Civil Veterinary Department Bihar & Orissa reports 1922-29 - 1922-1929
Year: 1922
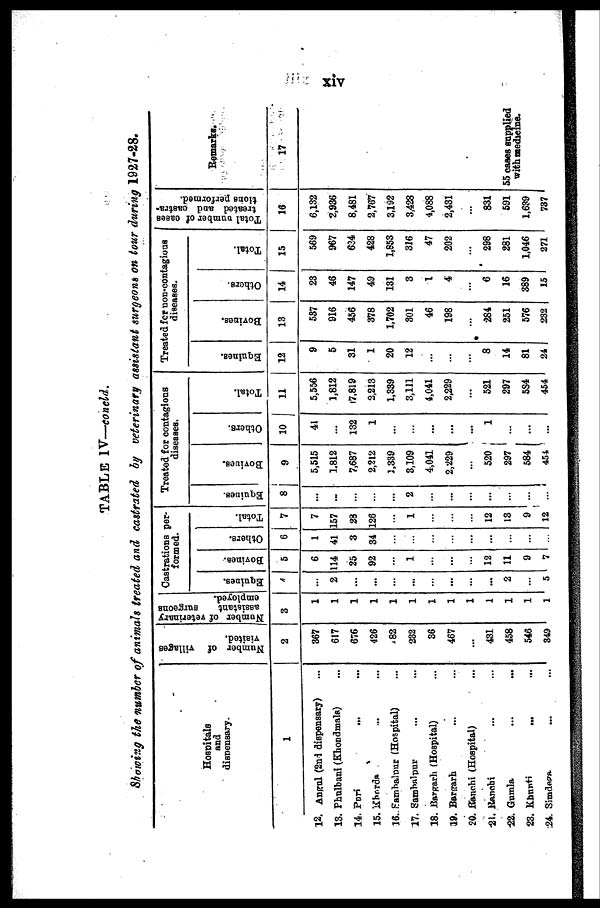
xiv
TABLE IV—concld.
Showing the number of animals treated and castrated by veterinary assistant surgeons on tour during 1927-28.
Hospitals
and
dispensary.
1
12. Angul (2nd dispensary)
13. Phulbani (Khondmals)
14. Puri
...
15. Khadra
16. Sambalpur (Hospital)
17. Sambalpur
18. Bargrah (Hospital)
19. Bargarh
20. Kanchi (Hospital)
21. Ranchi
22. Gumla
23. Khunti
24. Simdega
Number
of villages
visited.
2
367
617
676
426
482
232
36
467
...
431
458
546
349
Number of veterinary
assistant
Burgeons
employed.
3
1
1
1
1
1
1
1
1
1
1
1
1
1
Castrations per-
formed.
Equines.
4
...
2
...
...
...
...
...
...
...
...
2
...
5
Bovines.
5
6
114
25
92
...
1
...
...
...
12
11
9
7
Others.
6
1
41
3
34
...
...
...
...
...
...
...
...
...
Total.
7
7
157
28
126
...
1
...
...
...
12
13
9
12
Treated for contagions
diseases.
Equines.
8
...
...
...
...
...
2
...
...
...
...
...
...
...
Boviucs.
9
5,515
1.812
7,687
2,212
3,339
3,109
4,041
2,229
...
520
297
584
454
Others.
10
41
...
132
1
...
...
...
...
...
1
...
...
...
Tot al .
11
5,556
1,812
17.819
2,213
1,339
3,111
4,041
2,229
...
521
297
5S4
454
Treated for non-contagious
diseases.
Equi nes .
12
9
5
31
1
20
12
...
...
...
8
14
81
24
Bovi c oa .
13
537
916
456
378
1,702
801
46
198
...
284
251
576
232
Others.
14
23
46
147
49
131
3
1
4
...
6
16
389
15
Tot al .
15
569
967
634
428
1,853
316
47
202
...
298
281
1,046
271
Total Dumber of cases
treated and castra-
tions performed.
16
6,132
2,936
8,481
2,767
3,192
3,428
4,088
2,431
...
831
591
1,639
737
Remarks.
17
55 cases supplied
with medicine.